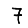
Digit: 7